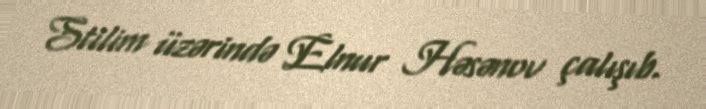
Stilim üzərində Elnur Həsənov çalışıb.